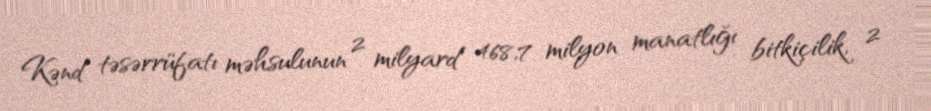
Kənd təsərrüfatı məhsulunun 2 milyard 468,7 milyon manatlığı bitkiçilik, 2